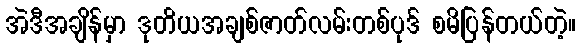
အဲဒီအချိန်မှာ ဒုတိယအချစ်ဇာတ်လမ်းတစ်ပုဒ် စမိပြန်တယ်တဲ့။